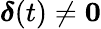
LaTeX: \boldsymbol{\delta}(t)\neq\boldsymbol{0}